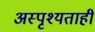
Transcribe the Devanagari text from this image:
अस्पृश्यताही